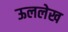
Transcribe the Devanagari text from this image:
ऊललेख